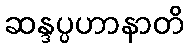
ဆန္ဒပ္ပဟာနာတိ